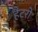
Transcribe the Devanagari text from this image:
हैटरो